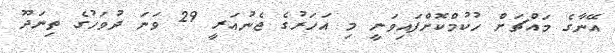
އޭނާގެ މައްޗަށް ހުކުމްކޮށްފައިވަނީ މި އަހަރުގެ ޖެނުއަރީ 29 ވަނަ ދުވަހުގެ ތިނަދޫ